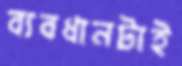
ব্যবধানটাই